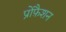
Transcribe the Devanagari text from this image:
प्रोफ़ैशन